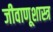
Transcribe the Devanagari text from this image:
जीवाणूशास्त्र